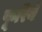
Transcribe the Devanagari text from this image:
फूरिये